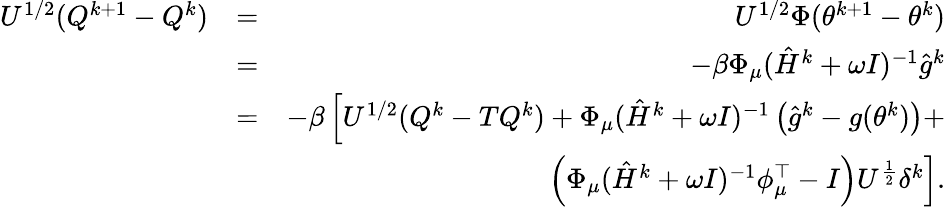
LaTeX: \begin{array}{rlr}{U^{1/2}(Q^{k+1}-Q^{k})}&{=}&{U^{1/2}\Phi(\theta^{k+1}-\theta^{k})}\\ &{=}&{-\beta\Phi_{\mu}(\hat{H}^{k}+\omega I)^{-1}\hat{g}^{k}}\\ &{=}&{-\beta\left[U^{1/2}(Q^{k}-TQ^{k})+\Phi_{\mu}(\hat{H}^{k}+\omega I)^{-1}\left(\hat{g}^{k}-g(\theta^{k})\right)+\right.}\\ &{\ }&{\left.\left(\Phi_{\mu}(\hat{H}^{k}+\omega I)^{-1}\phi_{\mu}^{\top}-I\right)U^{\frac{1}{2}}\delta^{k}\right].}\end{array}